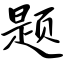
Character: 题